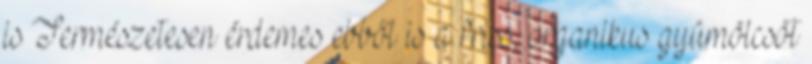
is Természetesen érdemes ebből is a friss, organikus gyümölcsöt